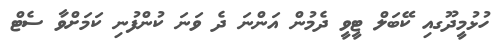
ހުޅުމީދޫގއި ކޭބަލް ޓީވީ ދެމުން އަންނަ ދެ ވަނަ ކުންފުނި ކަމަށްވާ ސެޓް